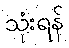
သုံးရန်